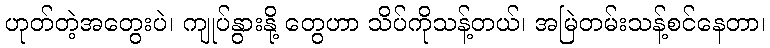
ဟုတ်တဲ့အတွေးပဲ၊ ကျုပ်နွားနို့ တွေဟာ သိပ်ကိုသန့်တယ်၊ အမြဲတမ်းသန့်စင်နေတာ၊